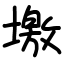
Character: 墽